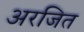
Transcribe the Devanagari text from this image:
अरजित